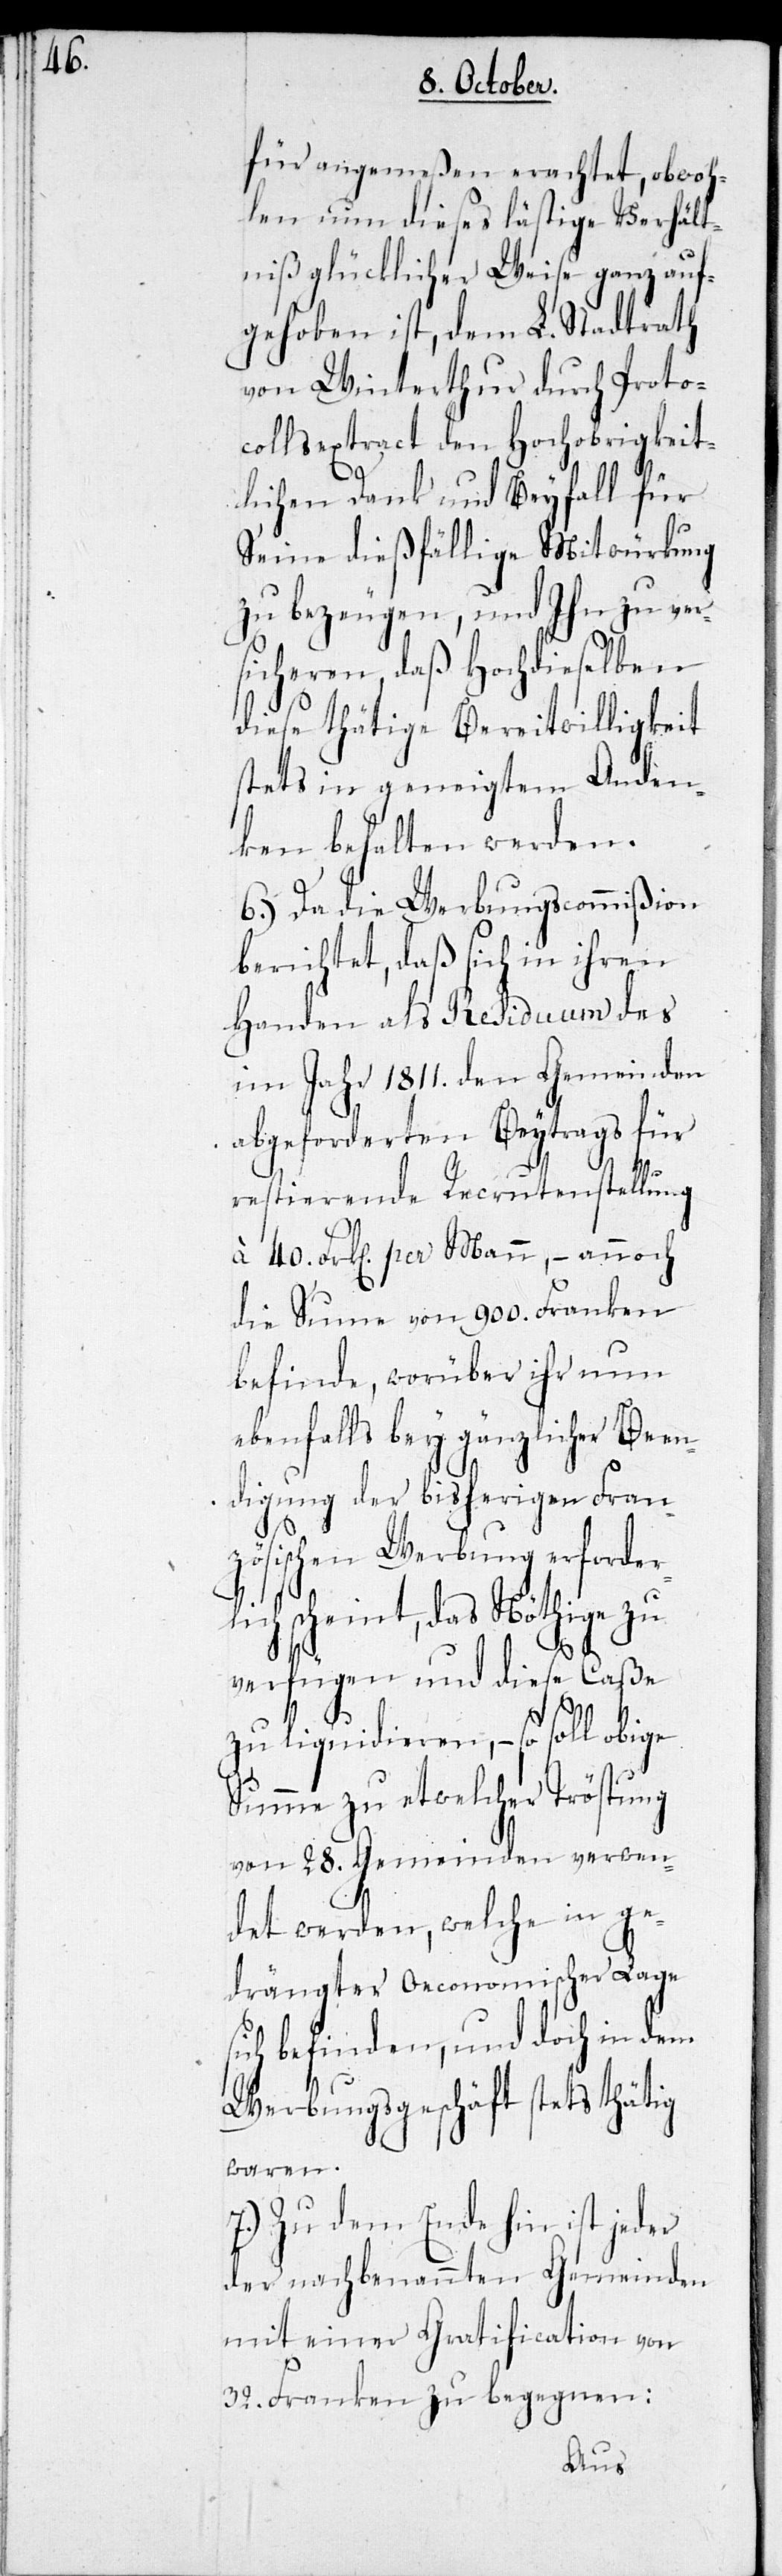
für angemeßen erachtet, obwoh¬
len nun dieses lästige Verhält¬
niß glücklicher Weise ganz auf¬
gehoben ist, dem L. Stadtrath
von Winterthur durch Proto¬
collsextract den Hochobrigkeit¬
lichen Dank und Beyfall für
seine dießfällige Mitwürkung
zu bezeugen, und Ihn zu ver¬
sicheren, daß Hochdieselben
diese thätige Bereitwilligkeit
stets in geneigtem Anden¬
ken behalten werden.
6.) Da die Werbungscommißion
berichtet, daß sich in ihren
Handen als Residuum des
im Jahr 1811. den Gemeinden
abgeforderten Beytrags für
restierende Recrutenstellung
à 40. Frk[en]. per Mann, – annoch
die Summe von 900. Franken
befinde, worüber ihr nun
ebenfalls bey gänzlicher Been¬
digung der bisherigen Fran¬
zösischen Werbung erforder¬
scheint, das Nöthige zu
verfügen und diese Caße
zu liquidieren, – so soll obige
Summe zu etwelcher Tröstung
von 28. Gemeinden verwen¬
det werden, welche in ge¬
drängter Oeconomischer Lage
sich befinden, und doch in dem
Werbungsgeschäft stets thätig
waren.
7.) Zu dem Ende hin ist jeder
der nachbenannten Gemeinden
mit einer Gratification von
32. Franken zu begegnen:
lich